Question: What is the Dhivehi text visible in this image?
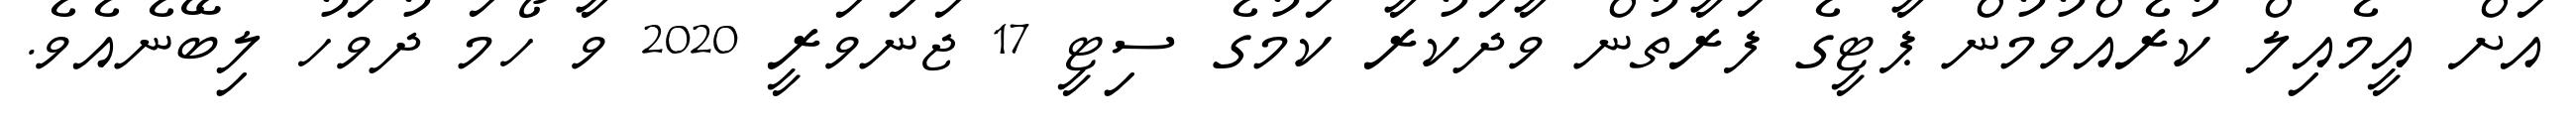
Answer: އަށް އީމެއިލް ކުރެއްވުމުން ޕާޓީގެ ފަރާތުން ވާދަކުރާ ކަމުގެ ސިޓީ 17 ޖަނަވަރީ 2020 ވާ ހޯމަ ދުވަހު ލިބޭނެއެވެ.